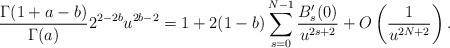
LaTeX: \begin{align*} \frac{\Gamma(1+a-b)}{\Gamma(a)} 2^{2-2b}u^{2b-2}=1+2(1-b)\sum_{s=0}^{N-1} \frac{B_s'(0)}{u^{2s+2}}+O\left(\frac{1}{u^{2N+2}}\right) .\end{align*}